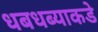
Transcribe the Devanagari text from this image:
धबधब्याकडे